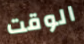
الوقت